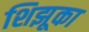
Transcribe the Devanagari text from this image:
शिझूका